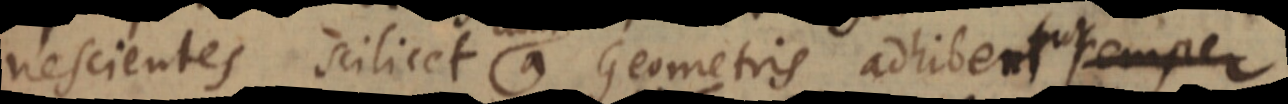
nescientes scilicet a Geometris adhibentur temper